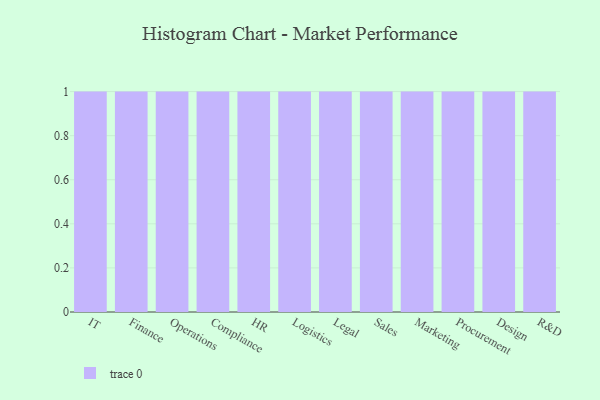
{"axis": {"x": "Department", "y": "LTV (USD)"}, "legend": [""], "data": [{"x": "IT", "y": 24, "type": ""}, {"x": "Finance", "y": 81, "type": ""}, {"x": "Operations", "y": 55, "type": ""}, {"x": "Compliance", "y": 31, "type": ""}, {"x": "HR", "y": 6, "type": ""}, {"x": "Logistics", "y": 48, "type": ""}, {"x": "Legal", "y": 13, "type": ""}, {"x": "Sales", "y": 19, "type": ""}, {"x": "Marketing", "y": 99, "type": ""}, {"x": "Procurement", "y": 100, "type": ""}, {"x": "Design", "y": 63, "type": ""}, {"x": "R&D", "y": 84, "type": ""}]}